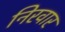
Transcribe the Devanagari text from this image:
निरवार